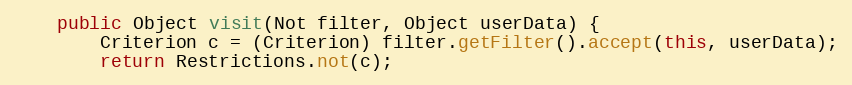
Language: Java
	public Object visit(Not filter, Object userData) {
		Criterion c = (Criterion) filter.getFilter().accept(this, userData);
		return Restrictions.not(c);